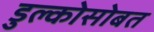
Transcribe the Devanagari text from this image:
डुल्कोसोबत